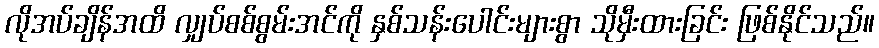
လိုအပ်ချိန်အထိ လျှပ်စစ်စွမ်းအင်ကို နှစ်သန်းပေါင်းများစွာ သိုမှီးထားခြင်း ဖြစ်နိုင်သည်။